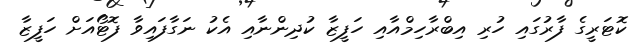
ކޮޓަރީގެ ފާރުގައި ހުރި އިބްރާހިމްއާއި ހަފީޒާ ކުދިންނާއި އެކު ނަގާފައިވާ ފޮޓޯއަށް ހަފީޒާ